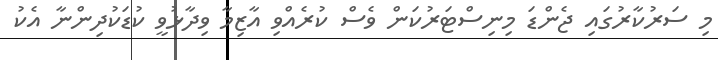
މި ސަރުކާރުގައި ޖެންޑަ މިނިސްޓަރުކަން ވެސް ކުރެއްވި އާޒިމާ ވިދާޅުވީ ކުޑަކުދިންނާ އެކު